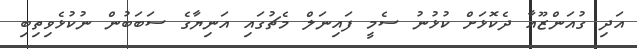
އަދި ގުއަންޒޫއާ ދެކޮޅަށް ކުޅުނު ސެމީ ފައިނަލް މެޗުގައި އަނިޔާގެ ސަބަބުން ނުކުޅެވިތިބި